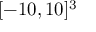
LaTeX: [ - 1 0 , 1 0 ] ^ { 3 }